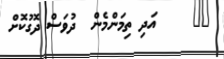
٤٦     އަދި ތިމަންމެން  ދުވަސް ދޮގުކޮށް